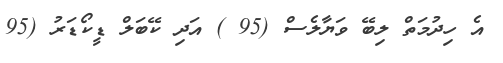
އެ ހިދުމަތް ލިބޭ ވަޔާލެސް (95 ) އަދި ކޭބަލް ޑީކޯޑަރު (95